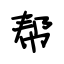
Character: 帮